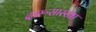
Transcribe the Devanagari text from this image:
दारूसारखा